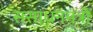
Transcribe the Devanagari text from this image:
संसाधनमंत्री